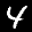
Label: 4